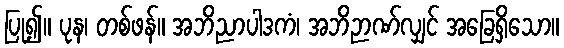
ပြု၍။ ပုန၊ တစ်ဖန်။ အဘိညာပါဒကံ၊ အဘိဉာဏ်လျှင် အခြေရှိသော။